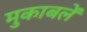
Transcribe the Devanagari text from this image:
मुकाबलें